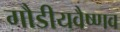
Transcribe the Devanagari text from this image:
गौडीयवैष्णव